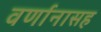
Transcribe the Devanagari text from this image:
वर्णानासह